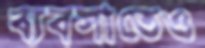
ব্যবসাতেও